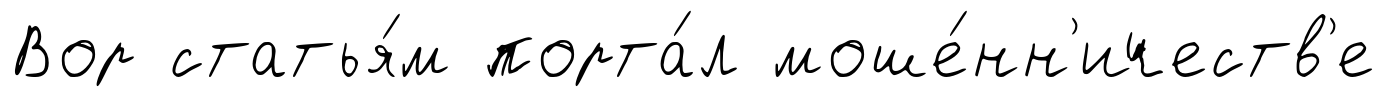
Вор статья́м порта́л моше́нн'ичеств'е